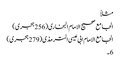
مثلاً
الجامع صحیح الامام البخاری (256 ہجری)
الجامع الامام ابی عیسی الترمذی (279 ہجری)
6۔